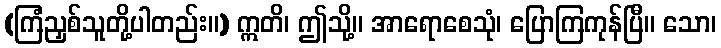
(ကြံညှစ်သူတို့ပါတည်း။) ဣတိ၊ ဤသို့။ အာရောစေသုံ၊ ပြောကြကုန်ပြီ။ သော၊